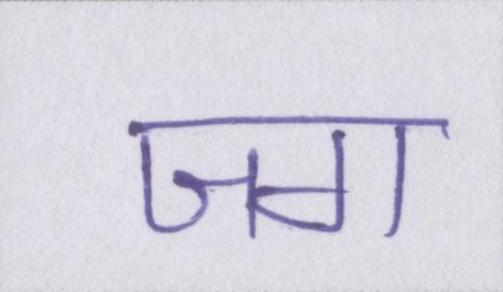
जग